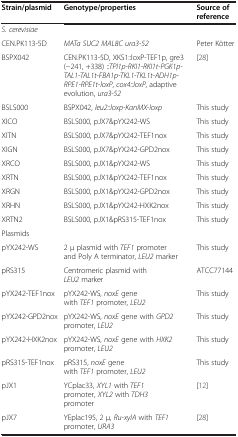
<table><thead><tr><td><b>Strain/plasmid</b></td><td><b>Genotype/properties</b></td><td><b>Source of reference</b></td></tr></thead><tbody><tr><td><i>S. cerevisiae</i></td><td> </td><td> </td></tr><tr><td>CEN.PK113-5D</td><td><i>MATa SUC2 MAL8C ura3-52</i></td><td>Peter Kötter</td></tr><tr><td>BSPX042</td><td>CEN.PK113-5D, XKS1::loxP-TEF1p, gre3(-241, +338) ::<i>TPI1p-RKI1-RKI1t-PGK1p-TAL1-TAL1t-FBA1p-TKL1-TKL1t-ADH1p-RPE1-RPE1t-loxP</i>, <i>cox4::loxP</i>, adaptive evolution, <i>ura3-52</i></td><td>[28]</td></tr><tr><td>BSLS000</td><td>BSPX042, <i>leu2::loxp-KanMX-loxp</i></td><td>This study</td></tr><tr><td>XICO</td><td>BSLS000, pJX7&amp;pYX242-WS</td><td>This study</td></tr><tr><td>XITN</td><td>BSLS000, pJX7&amp;pYX242-TEF1nox</td><td>This study</td></tr><tr><td>XIGN</td><td>BSLS000, pJX7&amp;pYX242-GPD2nox</td><td>This study</td></tr><tr><td>XRCO</td><td>BSLS000, pJX1&amp;pYX242-WS</td><td>This study</td></tr><tr><td>XRTN</td><td>BSLS000, pJX1&amp;pYX242-TEF1nox</td><td>This study</td></tr><tr><td>XRGN</td><td>BSLS000, pJX1&amp;pYX242-GPD2nox</td><td>This study</td></tr><tr><td>XRHN</td><td>BSLS000, pJX1&amp;pYX242-HXK2nox</td><td>This study</td></tr><tr><td>XRTN2</td><td>BSLS000, pJX1&amp;pRS315-TEF1nox</td><td>This study</td></tr><tr><td>Plasmids</td><td> </td><td> </td></tr><tr><td>pYX242-WS</td><td>2 μ plasmid with <i>TEF1</i> promoter and Poly A terminator, <i>LEU2</i> marker</td><td>This study</td></tr><tr><td>pRS315</td><td>Centromeric plasmid with <i>LEU2</i> marker</td><td>ATCC77144</td></tr><tr><td>pYX242-TEF1nox</td><td>pYX242-WS, <i>noxE</i> gene with <i>TEF1</i> promoter, <i>LEU2</i></td><td>This study</td></tr><tr><td>pYX242-GPD2nox</td><td>pYX242-WS, <i>noxE</i> gene with <i>GPD2</i> promoter, <i>LEU2</i></td><td>This study</td></tr><tr><td>pYX242-HXK2nox</td><td>pYX242-WS, <i>noxE</i> gene with <i>HXK2</i> promoter, <i>LEU2</i></td><td>This study</td></tr><tr><td>pRS315-TEF1nox</td><td>pRS315, <i>noxE</i> gene with <i>TEF1</i> promoter, <i>LEU2</i></td><td>This study</td></tr><tr><td>pJX1</td><td>YCplac33, <i>XYL1</i> with <i>TEF1</i> promoter, <i>XYL2</i> with <i>TDH3</i> promoter</td><td>[12]</td></tr><tr><td>pJX7</td><td>YEplac195, 2 μ, <i>Ru-xylA</i> with <i>TEF1</i> promoter, <i>URA3</i></td><td>[28]</td></tr></tbody></table>